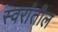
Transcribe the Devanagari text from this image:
स्वरांतील